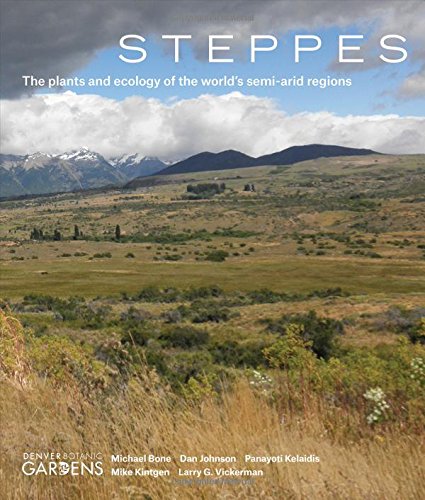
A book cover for Steppes: The Plants and Ecology of the World's Semi-arid Regions; Michael Bone; Crafts, Hobbies & Home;